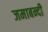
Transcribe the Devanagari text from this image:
जमाबन्दी